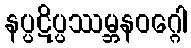
နပ္ပဋိပ္ပဿမ္ဘနဝဂ္ဂေါ